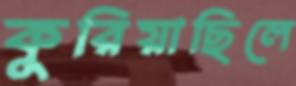
কুরিয়াছিলে